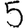
Digit: 5